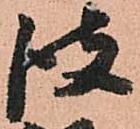
彼